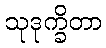
သုဒုက္ခိတာ